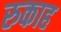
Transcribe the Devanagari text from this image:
रुकाह